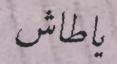
ياطاش